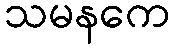
သမနကေ